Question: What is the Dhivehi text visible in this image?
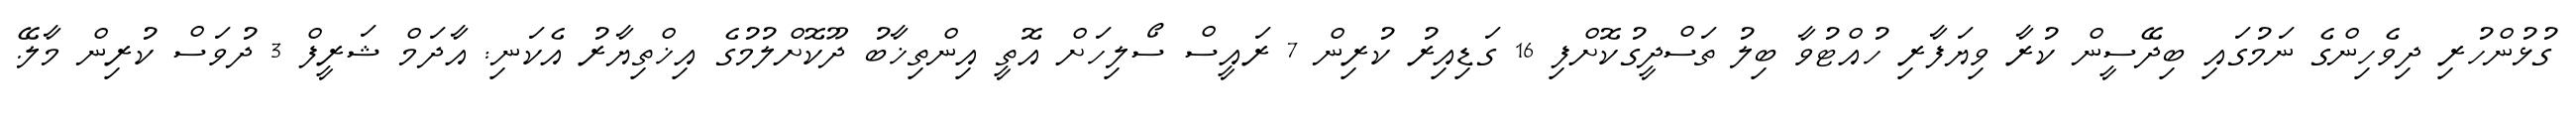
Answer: ގުޅުންހުރި ދިވެހިންގެ ނަމުގައި ބިދޭސީން ކުރާ ވިޔަފާރި ހުއްޓުވާ ބިލު ތަސްދީގުކޮށްފި 16 ގަޑިއިރު ކުރިން 7 ރައީސް ސޯލިހަށް އޮތީ އިންތިޚާބު ދޫކޮށްލުމުގެ އިޚްތިޔާރު އެކަނި: އާދަމް ޝަރީފް 3 ދުވަސް ކުރިން މާލޭ.